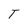
Character: T